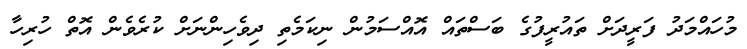
މުހައްމަދު ފަރީދަށް ތައުރީފުގެ ބަސްތައް އޮއްސަމުން ނިކަމެތި ދިވެހިންނަށް ކުރެވެން އޮތް ހުރިހާ